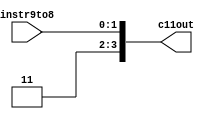
module concat11(c11out, instr9to8);

	output wire [3:0] c11out;

	input wire [1:0] instr9to8;

	assign c11out = {2'b11, instr9to8};

endmodule